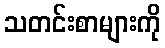
သတင်းစာများကို